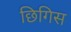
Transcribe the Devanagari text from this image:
छिगिस